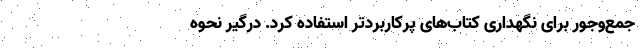
جمع‌و‌جور برای نگهداری کتاب‌های پرکاربردتر استفاده کرد. درگیر نحوه